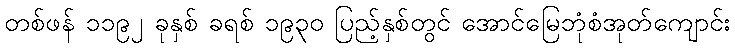
တစ်ဖန် ၁၁၉၂ ခုနှစ် ခရစ် ၁၉၃၀ ပြည့်နှစ်တွင် အောင်မြေဘုံစံအုတ်ကျောင်း